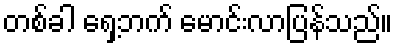
တစ်ခါ ရှေ့ဘက် မောင်းလာပြန်သည်။